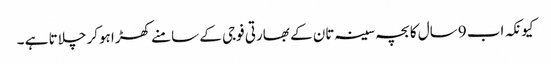
کیونکہ اب 9سال کا بچہ سینہ تان کے بھارتی فوجی کے سامنے کھڑا ہوکر چلاتا ہے ۔